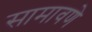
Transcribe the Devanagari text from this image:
सामावणे